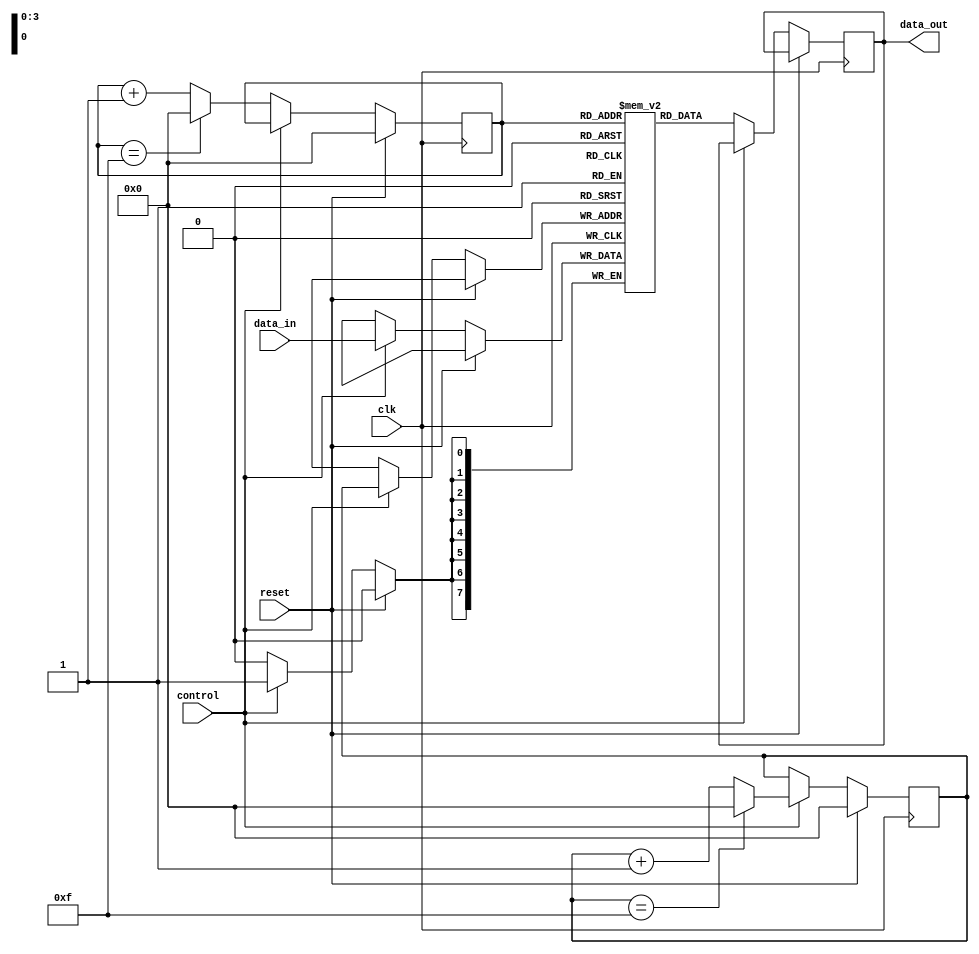
module fifo_buffer (
    input        clk,
    input        reset,
    input        control,
    input  [7:0] data_in,
    output [7:0] data_out
);

reg [7:0] fifo [0:15];
reg [3:0] read_ptr;
reg [3:0] write_ptr;

always @(posedge clk) begin
    if (reset) begin
        read_ptr <= 4'b0000;
        write_ptr <= 4'b0000;
    end else begin
        if (control) begin
            fifo[write_ptr] <= data_in;
            if (write_ptr == 4'b1111) begin
                write_ptr <= 4'b0000;
            end else begin
                write_ptr <= write_ptr + 1;
            end
        end
        if (!control) begin
            data_out <= fifo[read_ptr];
            if (read_ptr == 4'b1111) begin
                read_ptr <= 4'b0000;
            end else begin
                read_ptr <= read_ptr + 1;
            end
        end
    end
end

endmodule